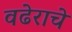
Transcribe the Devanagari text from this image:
वढेराचे